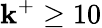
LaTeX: \mathbf{k}^{+}\geq10